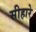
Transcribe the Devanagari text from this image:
सीहारे